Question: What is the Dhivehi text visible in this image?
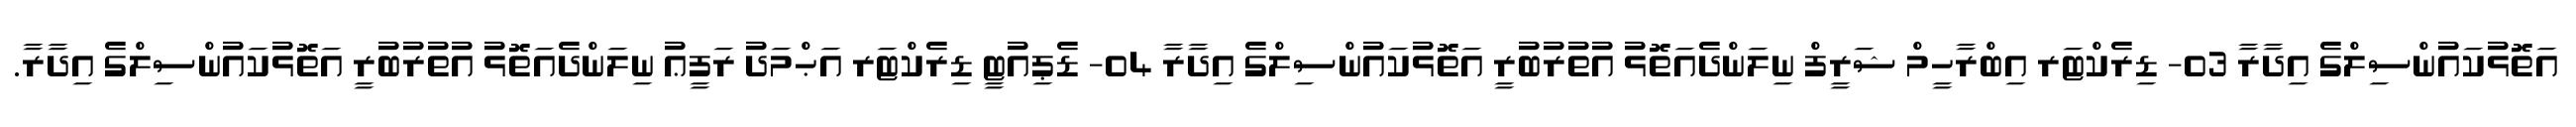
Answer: އަތޮޅުކައުންސިލްގެ އިދާރާ 03- ޑިރެކްޓަރ އިބްރާހީމް ޝަރީފް ނިލަންދެއަތޮޅު އުތުރުބުރީ އަތޮޅުކައުންސިލްގެ އިދާރާ 04- ޑެޕިއުޓީ ޑިރެކްޓަރ އަޙްމަދު ރަފީޢު ނިލަންދެއަތޮޅު އުތުރުބުރީ އަތޮޅުކައުންސިލްގެ އިދާރާ.